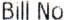
BILL NO